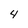
Character: 4